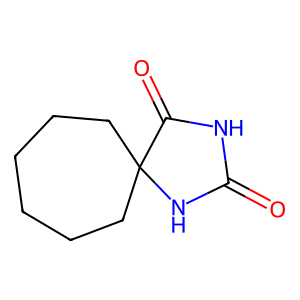
SMILES: O=C1NC(=O)C2(CCCCCC2)N1
Inhibits HIV replication: No